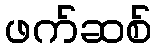
ဖက်ဆစ်